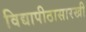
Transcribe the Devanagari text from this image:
विद्यापीठासारखी